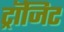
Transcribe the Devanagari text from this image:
ट्रॉजिट